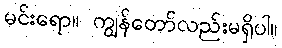
မင်းရော။ ကျွန်တော်လည်းမရှိပါ။